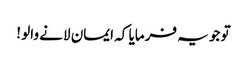
تو جو یہ فرمایا کہ ایمان لانے والو !